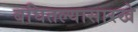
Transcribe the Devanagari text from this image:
बघितल्यासारखे